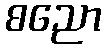
စညော